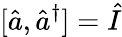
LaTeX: [\hat{a},\hat{a}^{\dagger}]=\hat{I}